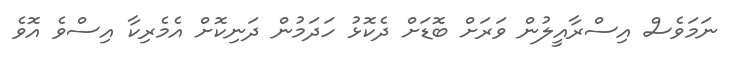
ނަމަވެސް އިސްރާއީލުން ވަރަށް ބޮޑަށް ދެކޮޅު ހަދަމުން ދަނިކޮށް އެމެރިކާ އިސްވެ އޮވެ